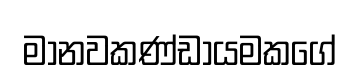
මානවකණ්ඩායමකගේ